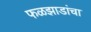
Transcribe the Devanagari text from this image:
फळझाडांचा